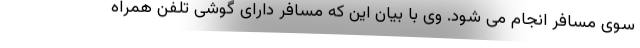
سوی مسافر انجام می شود. وی با بیان این که مسافر دارای گوشی تلفن همراه